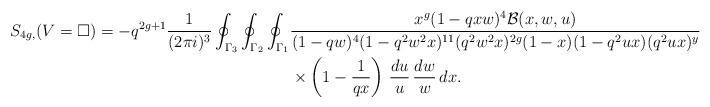
LaTeX: \begin{align*} S_{4g,}(V=\square) = -q^{2g+1} \frac{1}{ (2 \pi i)^3} \oint_{\Gamma_3} \oint_{\Gamma_2} \oint_{\Gamma_1} & \frac{x^g (1-qxw)^4 \mathcal{B}(x,w,u)}{(1-qw)^4 (1-q^2w^2x)^{11} (q^2w^2x)^{2g} (1-x)(1-q^2ux)(q^2ux)^{y}} \\ & \times \left(1-\frac{1}{qx} \right) \, \frac{du}{u} \, \frac{dw}{w} \, dx . \end{align*}